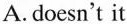
A.doesn't it